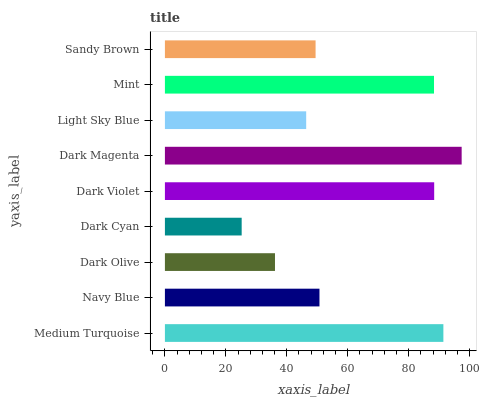
| yaxis_label | bars |
 | --- | --- |
 | Medium Turquoise | 91.4 |
 | Navy Blue | 50.7 |
 | Dark Olive | 36.1 |
 | Dark Cyan | 25.2 |
 | Dark Violet | 88.4 |
 | Dark Magenta | 97.4 |
 | Light Sky Blue | 46.4 |
 | Mint | 88.3 |
 | Sandy Brown | 49.5 |